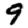
Digit: 9